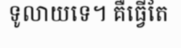
ទូលាយទេ។ គឺធ្វើតែ